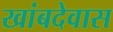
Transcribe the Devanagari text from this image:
खांबदेवास